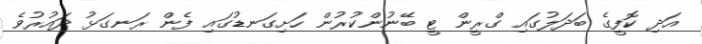
އަދި ކޮފީގެ ބަދަލުގައި ގްރީން ޓީ ބޭނުންކުރުން ހަށިގަނޑުގައި ފެން ރަނގަޅު ދައުރުވެ